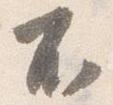
不